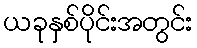
ယခုနှစ်ပိုင်းအတွင်း